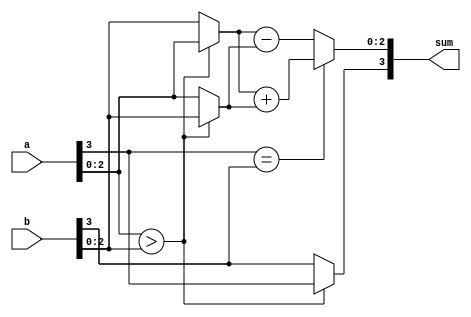
module sign_mag_add
	#(
		parameter N = 4
	)
	(
		input wire [N-1:0] a, b,
		output reg [N-1:0] sum
	);

	// signal declaration
	reg [N-2:0] mag_a, mag_b, mag_sum, max, min;
	reg sign_a, sign_b, sign_sum;

	// body
	always @*
	begin
		// separate magnitude and sign
		mag_a = a[N-2:0];
		mag_b = b[N-2:0];
		sign_a = a[N-1];
		sign_b = b[N-1];
		// sort according to magnitude
		if (mag_a > mag_b)
			begin
				max = mag_a;
				min = mag_b;
				sign_sum = sign_a;
			end
		else
			begin
				max = mag_b;
				min = mag_a;
				sign_sum = sign_b;
			end
		// add/subtract magnitude
		if (sign_a == sign_b)
			mag_sum = max + min;
		else
			mag_sum = max - min;
		// form output
		sum = {sign_sum, mag_sum};
	end
endmodule